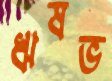
ঋষভ